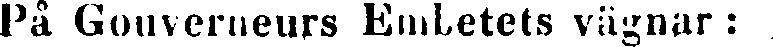
På Gouverneurs Embetets vägnar: